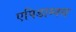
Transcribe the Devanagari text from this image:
एपिडाम्नस